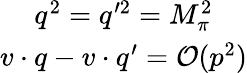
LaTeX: \begin{array}{c}{{q^{2}=q^{\prime 2}=M_{\pi}^{2}}}\\ {{v\cdot q-v\cdot q^{\prime}={\cal O}(p^{2})}}\end{array}